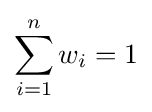
\sum _{i=1}^{n}w_{i}=1